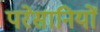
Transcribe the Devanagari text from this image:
परेसानियों